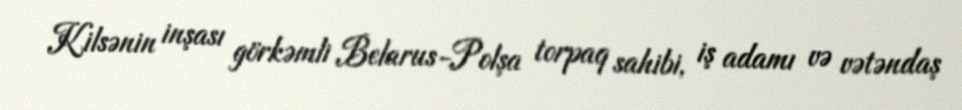
Kilsənin inşası görkəmli Belarus-Polşa torpaq sahibi, iş adamı və vətəndaş